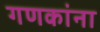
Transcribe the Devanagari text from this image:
गणकांना